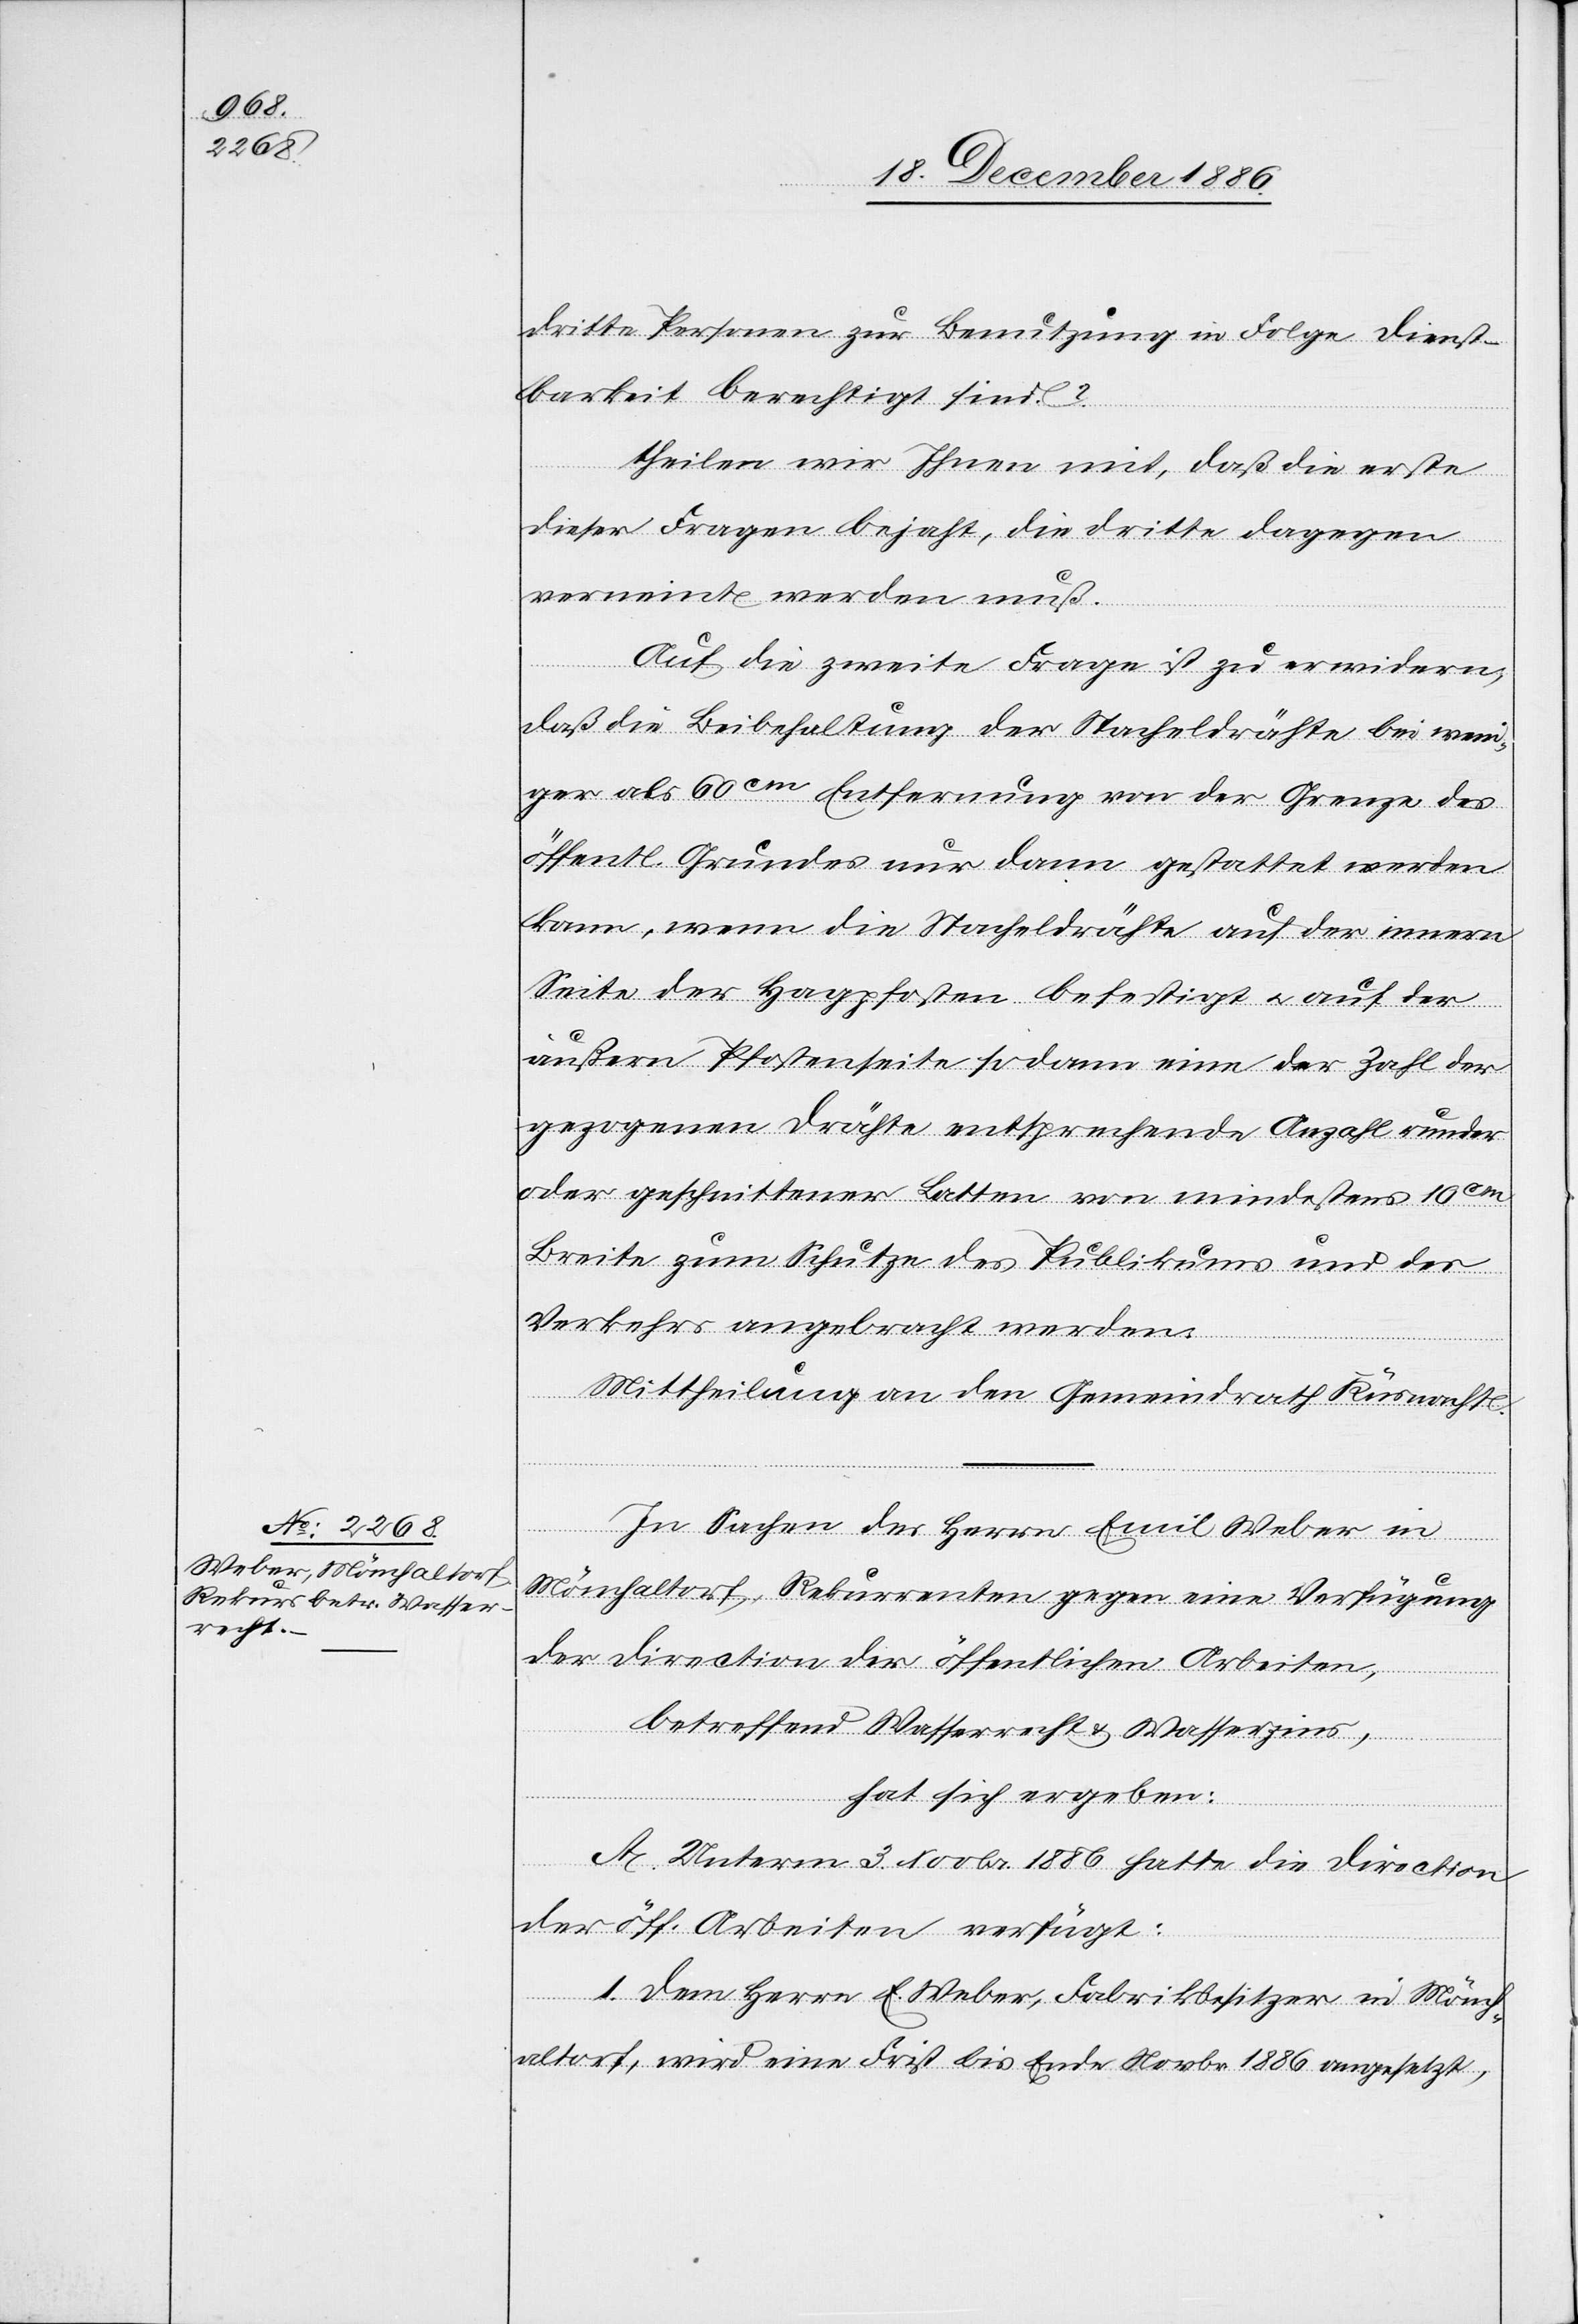
dritte Personen zur Benutzung in Folge Dienst¬
barkeit berechtigt sind?
theilen wir Ihnen mit, daß die erste
dieser Fragen bejaht, die dritte dagegen
verneint werden muß.
Auf die zweite Frage ist zu erwidern,
daß die Beibehaltung der Stacheldrähte bei weni¬
ger als 60cm Entfernung von der Grenze des
öffentl. Grundes nur dann gestattet werden
kann, wenn die Stacheldrähte auf der innern
Seite der Hagpfosten befestigt & auf der
äußern Pfostenseite sodann eine der Zahl der
gezogenen Drähte entsprechende Anzahl runder
oder geschnittener Latten von mindestens 10cm
Breite zum Schutze des Publikums und des
Verkehrs angebracht werden.
Mittheilung an den Gemeindrath Küsnacht.
In Sachen des Herrn Emil Weber in
Mönchaltorf, Rekurrenten gegen eine Verfügung
der Direction der öffentlichen Arbeiten,
betreffend Wasserrecht & Wasserzins,
hat sich ergeben:
A. Unterm 3. Novbr. 1886 hatte die Direction
der öff. Arbeiten verfügt:
1. Dem Herrn E. Weber, Fabrikbesitzer in Mönc¬
haltorf, wird eine Frist bis Ende Novbr. 1886 angesetzt,